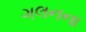
ગલનના